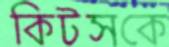
কিটসকে